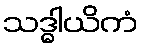
သဒ္ဓါယိကံ